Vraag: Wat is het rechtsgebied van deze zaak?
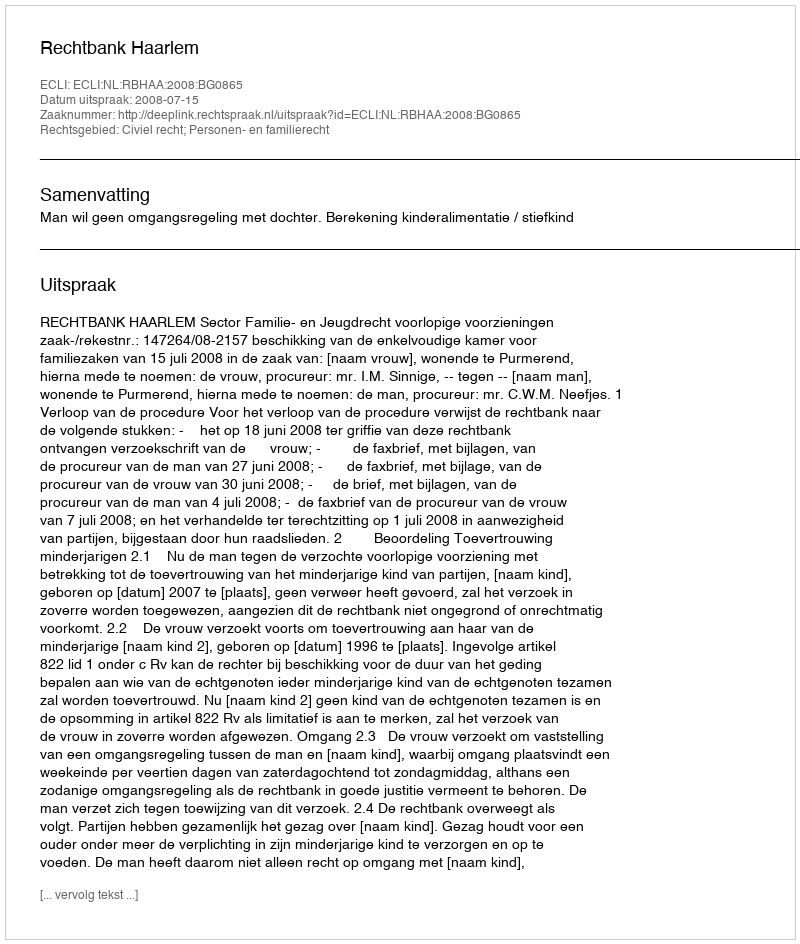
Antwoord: Civiel recht; Personen- en familierecht